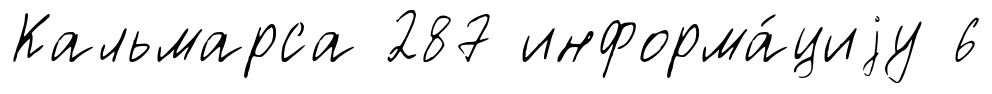
Кальмарса 287 информа́циjу 6